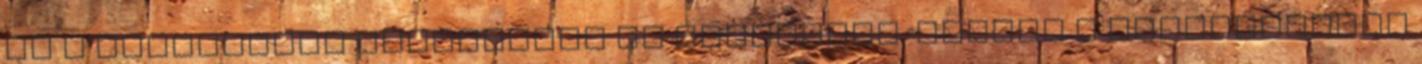
és a jelenlevők kérdéseire is válaszolt. VISSZA A KEZDŐOLDALRA